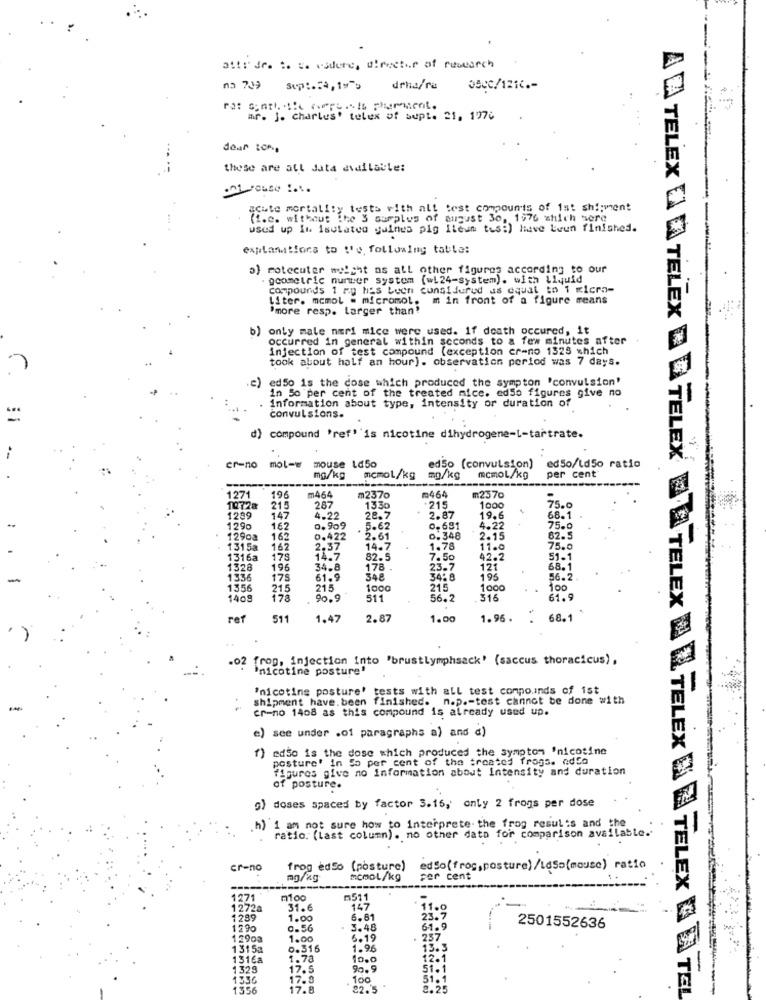
att: dr. :. :. videre, director of research
Mo 709 Sup :. 23, 1w
drha/ra
Q500/121 .-
rat sint the Gerais is plumment.
ar. J. charles' telex of sept. 21, 1976
dear :00,
these are all data available:
en route :
acute mortality tests with alt test compounts of ist shipment
(i.e. without the 3 surplus of august 30, 1976 which sere
used up in isolated guinea pig Ileun tes:) have beun finished.
explanations to :'o, following table:
a) motecuter mulent as all other figures according to our
geometric number system (wi24-system). with Liquid
compounds 1 mg has been considered as equal to 1 micro-
Liter. mcmol = micromol. m in front of a figure means
"more resp. larger than'
b) onty male neri mice were used. 1f death occured, it
A A TELEX DA V TELEX
occurred in general within seconds to a few minutes after
injection of test compound (exception er-no 1325 which
took about half an hour). observation period was 7 days.
c) ed50 is the cose which produced the sympton 'convulsion'
in So per cent of the treated nice. ed5o figures give no
information about type, intensity or duration of
convulsions.
d) compound 'ref' 'is nicotine dihydrogene-L-tartrate.
--
TELEX
cr-no mol-w
mouse Ld50
ed50 (convulsion)
per cent
ed50/ld50 ratio
mg/kg
mcmol/kg
mg/kg
mcmol/kg
1271
196
m464
m2370
m464
m2570
10728
215
287
1330
215
1000
75.0
1289
147
4-22
28.7
2.87
19.6
68.1
1290
162
0.909
5.62
0-691
4.22
75.0
1290a
162
0.422
2.61
0.348
2.15
62.
1315a
162
2.37
14.7
1.78
11.0
75.0
1316a
178
14.7
82.ª
7.50
42.2
51-1
1328
196
34.8
178
23.7
121
68.1
1336
175
61.9
348
34:8
195
56.2
1356
215
215
1000
215
1000
100
140g
90.9
511
56.2
316
61.9
ref
511
1.47
2.8
1.00
1.96.
68.1
.02 frog, injection Into 'brustlymphsack' (saccus thoracicus) ,
'nicotine posture'
"nicotine posture' tests with all test compo.inds of ist
shipment have. been finished. n.p .- test cannot be done with
er-no 1408 as this compound is already used up.
e) see under .of paragraphs a) and a)
f) edso is the dose which produced the symptom 'nicotine
posture' in So per cent of the treated frogs. ndEd
figures give no information about Intensity and duration
of posture.
g) doses spaced by factor 3.16, only 2 frogs per dose
.h) 1 am not sure how to Interprete. the frog results and the
ratio. (last column). no other dato for comparison available.
cr-no
frog edSo (posture)
edSo(frog,posture)/LdSo(mouse) ratio
mg/kg
mcmol/kg
per cent
1271
m100
m511
1272a
31.6
147
1289
1.00
6.81
23.7
1290
0.56
3.48
61.9
2501552636
1290a
1.00
6.19
257
131 5a
0.516
1.96
13.3
1316a
1.78
10.0
12-1
1323
17.5
90. 9
51. 1.
1336
17.8
100
1356
17.8
22.5
9.25
A TELEX M N TELEX WA = TELEX & DATEL